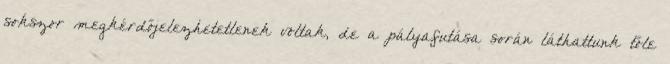
sokszor megkérdőjelezhetetlenek voltak, de a pályafutása során láthattunk tőle